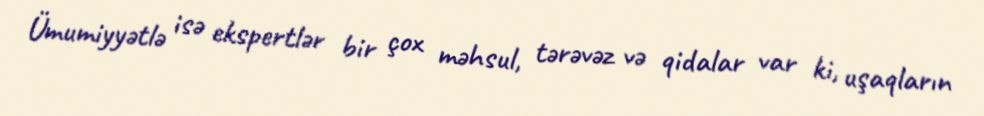
Ümumiyyətlə isə ekspertlər bir çox məhsul, tərəvəz və qidalar var ki, uşaqların